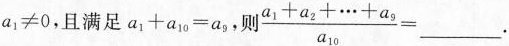
a1≠0，且满足$$a _ { 1 } + a _ { 1 0 } = a _ { 9 }$$，则 $$\frac { a _ { 1 } + a _ { 2 } + \cdots + a _ { 9 } } { a _ { 1 0 } } =$$___.